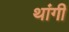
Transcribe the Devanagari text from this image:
थांगी